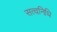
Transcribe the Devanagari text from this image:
सत्वनिधि